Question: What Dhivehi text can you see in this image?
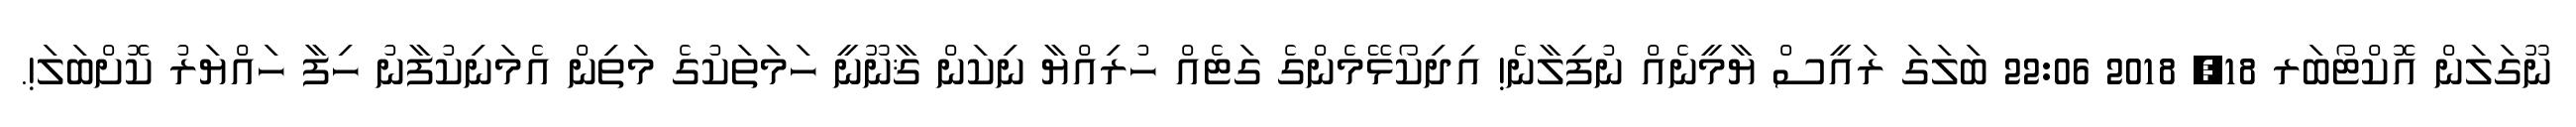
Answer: ނޫގަލަން އޮކްޓޯބަރ 18, 2018 22:06 ބަލަގަ ރައީސް ޔާމީނެއް ނުފިލާނެ! އިދިކޯޅޭމެންގެ ގަޓެއް ހުރިއްޔާ ނިކަން ޤާނޫނީ ހަމަތަކުގެ މަތިން އެމަނިކުފާނު ހިފާ ހައްޔަރު ކޮށްބަލަ!.